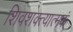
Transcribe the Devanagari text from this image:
शिवशक्त्यात्मकं